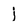
Character: j